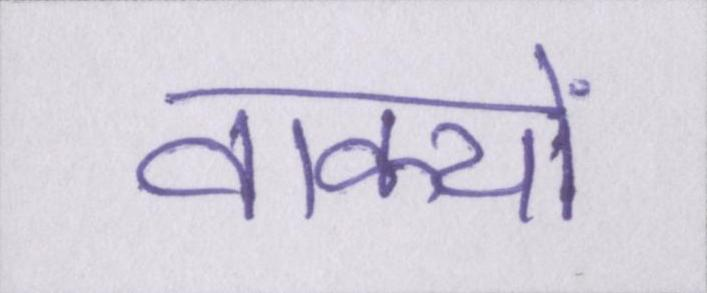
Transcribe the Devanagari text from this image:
वाक्यों